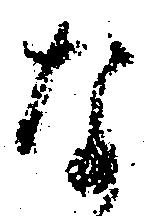
な